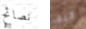
نصائح كيف